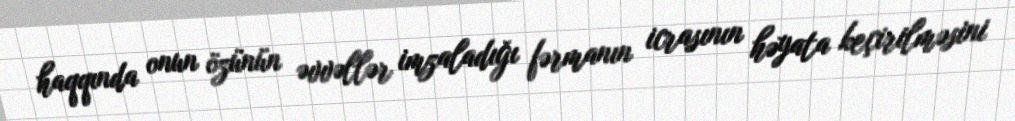
haqqında onun özünün əvvəllər imzaladığı fərmanın icrasının həyata keçirilməsini